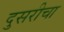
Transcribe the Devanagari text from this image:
दुसरीचा